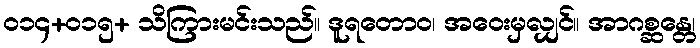
၀၁၄+၀၁၅+ သိကြားမင်းသည်။ ဒူရတောဝ၊ အဝေးမှလျှင်။ အာဂစ္ဆန္တေ၊